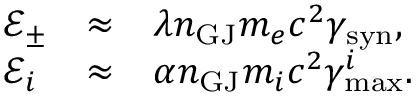
\begin{array} { l c l } { \mathcal { E } _ { \pm } } & { \approx } & { \lambda n _ { \mathrm { G J } } m _ { e } c ^ { 2 } \gamma _ { \mathrm { s y n } } , } \\ { \mathcal { E } _ { i } } & { \approx } & { \alpha n _ { \mathrm { G J } } m _ { i } c ^ { 2 } \gamma _ { \mathrm { m a x } } ^ { i } . } \end{array}